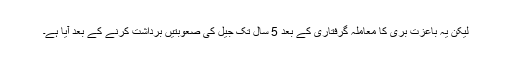
لیکن یہ باعزت بری کا معاملہ گرفتاری کے بعد 5 سال تک جیل کی صعوبتیں برداشت کرنے کے بعد آیا ہے۔